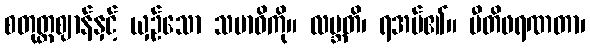
စတုတ္ထဈာန်နှင့် ယှဉ်သော သမာဓိကို။ လဗ္ဘတိ၊ ရအပ်၏။ ပီတိဖရဏတာ၊